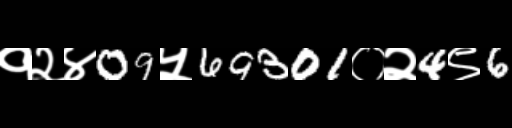
Text: १२४09५69301०२4९6